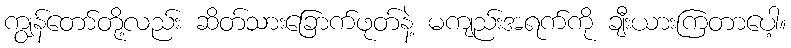
ကျွန်တော်တို့လည်း ဆိတ်သားခြောက်ဖုတ်နဲ့ မကျည်းအရက်ကို ချီးယားကြတာပေါ့။